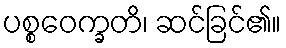
ပစ္စဝေက္ခတိ၊ ဆင်ခြင်၏။